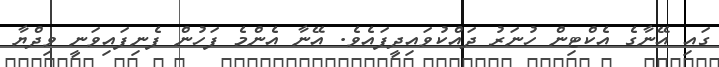
ގައި އޭނާގެ އެކްޓިން ހުނަރު ދައްކުވައިދީފައެވެ. އޭނާ އެންމެ ފަހުން ފެނިފައިވަނީ ވިދްޔާ